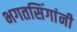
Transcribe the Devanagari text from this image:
भगतसिंगांनी